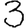
Digit: 3